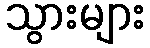
သွားများ